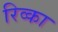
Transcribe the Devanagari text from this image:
रिव्का